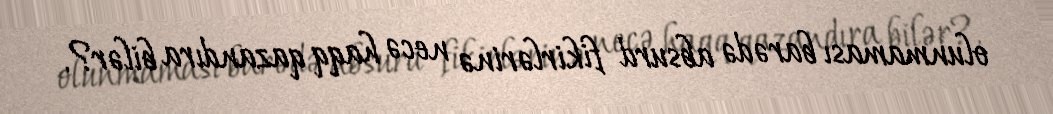
olunmaması barədə absurd fikirlərinə necə haqq qazandıra bilər?.